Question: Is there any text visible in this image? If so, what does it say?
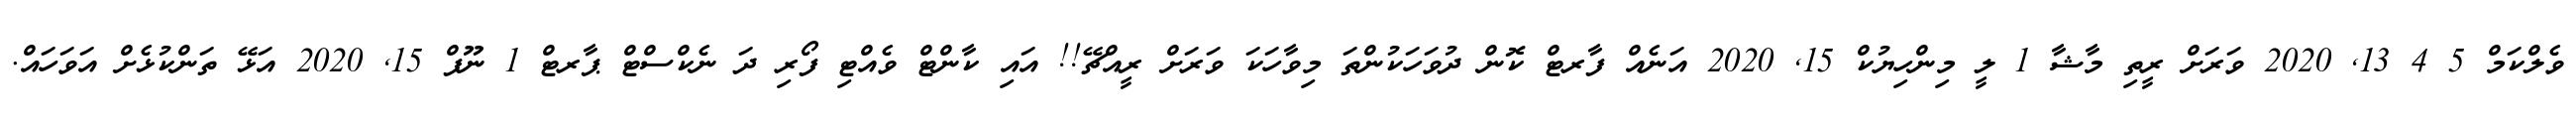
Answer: ވެލްކަމް 5 4 13, 2020 ވަރަށް ރީތި މާޝާ 1 ލީ މިންހިޔުކް 15, 2020 އަނެއް ފާރޓް ކޮން ދުވަހަކުންތަ މިވާހަކަ ވަރަށް ރީއްޗޭ!! އައި ކާންޓް ވެއްޓި ފޯރި ދަ ނެކްސްޓް ޕާރޓް 1 ނޫފް 15, 2020 އަޅޭ ތަންކުޅެށް އަވަހައް.